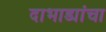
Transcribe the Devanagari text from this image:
दाभाड्यांचा